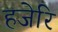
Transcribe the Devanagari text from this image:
हजेरि